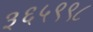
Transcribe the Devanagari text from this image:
३६५९९८